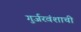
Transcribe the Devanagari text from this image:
गुर्जरवंशाची